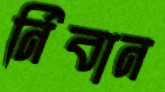
র্নিবান